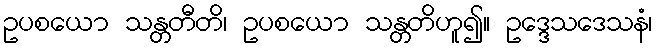
ဥပစယော သန္တတီတိ၊ ဥပစယော သန္တတိဟူ၍။ ဥဒ္ဒေသဒေသနံ၊